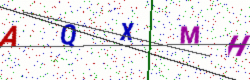
Text: AQXMH